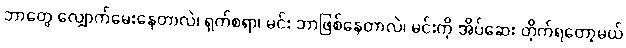
ဘာတွေ လျှောက်မေးနေတာလဲ၊ ရှက်စရာ၊ မင်း ဘာဖြစ်နေတာလဲ၊ မင်းကို အိပ်ဆေး တိုက်ရတော့မယ်